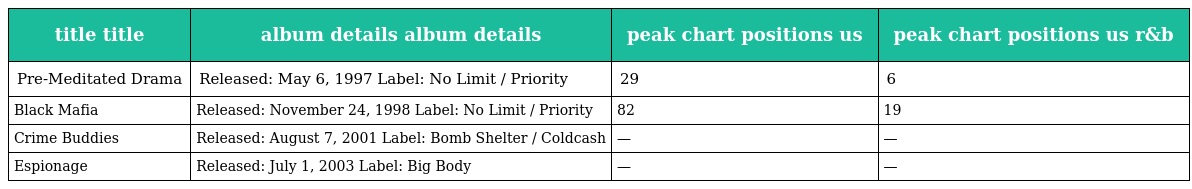
| title title | album details album details | peak chart positions us | peak chart positions us r&b |
 | --- | --- | --- | --- |
 | Pre-Meditated Drama | Released: May 6, 1997 Label: No Limit / Priority | 29 | 6 |
 | Black Mafia | Released: November 24, 1998 Label: No Limit / Priority | 82 | 19 |
 | Crime Buddies | Released: August 7, 2001 Label: Bomb Shelter / Coldcash | — | — |
 | Espionage | Released: July 1, 2003 Label: Big Body | — | — |